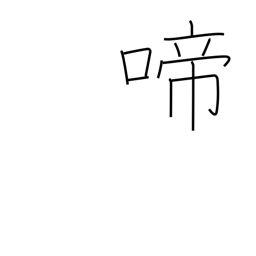
Meaning: chirp